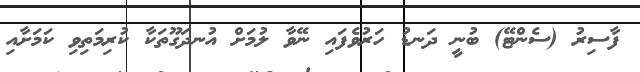
ފާސިރު (ސެންޓޭ) ބުނީ ދަނޑު ހަރުވެފައި ނޭވާ ލުމަށް އުނދަގޫތަކާ ކުރިމަތިވި ކަމަށާއި